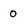
Character: 0